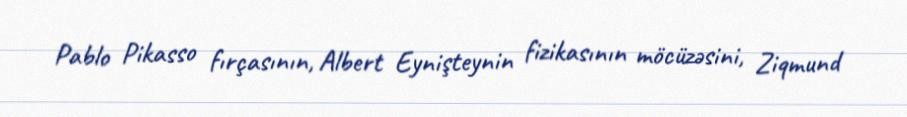
Pablo Pikasso fırçasının, Albert Eynişteynin fizikasının möcüzəsini, Ziqmund